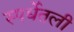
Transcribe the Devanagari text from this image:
स्पर्धेतली